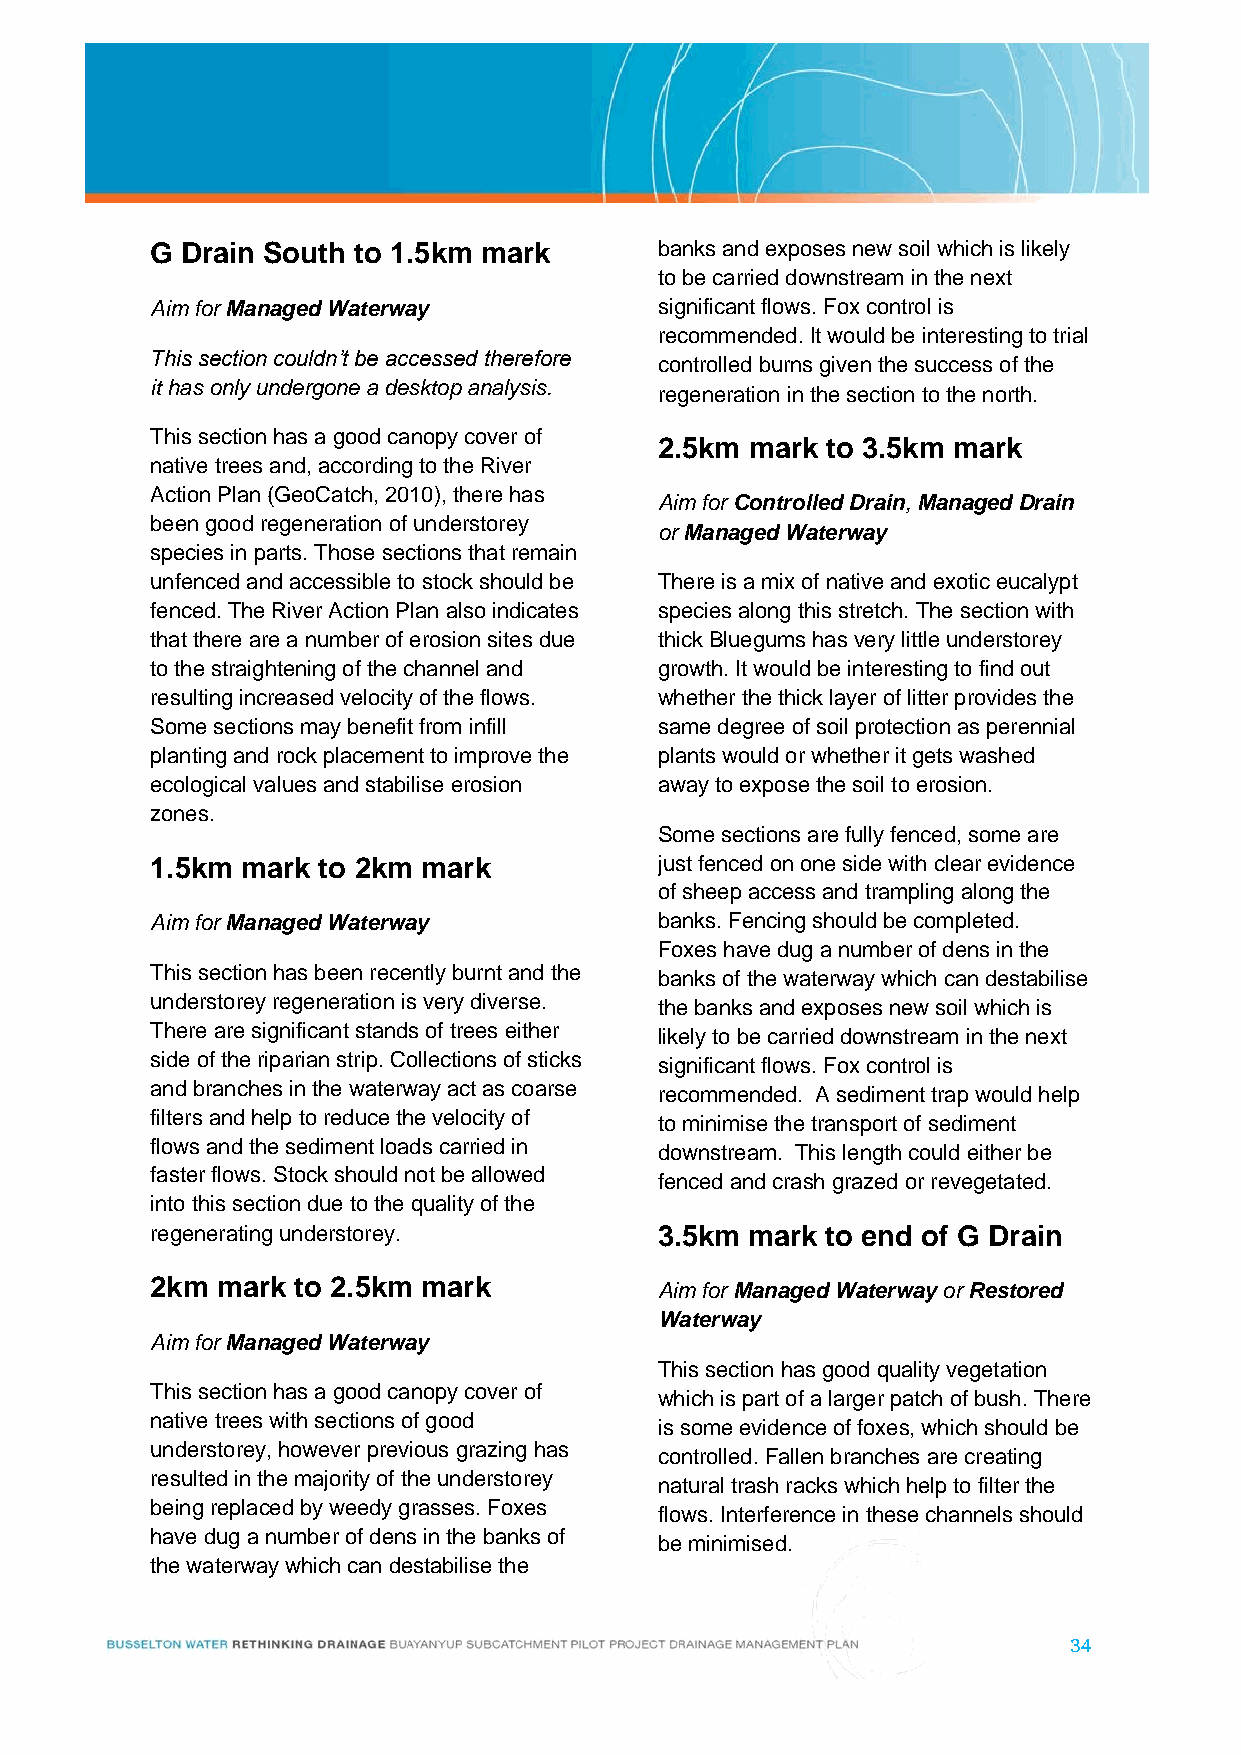
G Drain South to 1.5km mark       banks and exposes new soil which is likely
 to be carried downstream in the next
 Aim for Managed Waterway          significant flows. Fox control is
 recommended. It would be interesting to trial
 This section couldn’t be accessed therefore
 controlled burns given the success of the
 it has only undergone a desktop analysis.
 regeneration in the section to the north.
 This section has a good canopy cover of
 2.5km mark to 3.5km mark
 native trees and, according to the River
 Action Plan (GeoCatch, 2010), there has
 Aim for Controlled Drain, Managed Drain
 been good regeneration of understorey
 or Managed Waterway
 species in parts. Those sections that remain
 unfenced and accessible to stock should be There is a mix of native and exotic eucalypt
 fenced. The River Action Plan also indicates species along this stretch. The section with
 that there are a number of erosion sites due thick Bluegums has very little understorey
 to the straightening of the channel and growth. It would be interesting to find out
 resulting increased velocity of the flows. whether the thick layer of litter provides the
 Some sections may benefit from infill same degree of soil protection as perennial
 planting and rock placement to improve the plants would or whether it gets washed
 ecological values and stabilise erosion away to expose the soil to erosion.
 zones.
 Some sections are fully fenced, some are
 1.5km mark to 2km mark            just fenced on one side with clear evidence
 of sheep access and trampling along the
 Aim for Managed Waterway          banks. Fencing should be completed.
 Foxes have dug a number of dens in the
 This section has been recently burnt and the
 banks of the waterway which can destabilise
 understorey regeneration is very diverse.
 the banks and exposes new soil which is
 There are significant stands of trees either
 likely to be carried downstream in the next
 side of the riparian strip. Collections of sticks
 significant flows. Fox control is
 and branches in the waterway act as coarse
 recommended. A sediment trap would help
 filters and help to reduce the velocity of
 to minimise the transport of sediment
 flows and the sediment loads carried in
 downstream. This length could either be
 faster flows. Stock should not be allowed
 fenced and crash grazed or revegetated.
 into this section due to the quality of the
 regenerating understorey.         3.5km mark to end of G Drain
 2km mark to 2.5km mark
 Aim for Managed Waterway or Restored
 Waterway
 Aim for Managed Waterway
 This section has good quality vegetation
 This section has a good canopy cover of
 which is part of a larger patch of bush. There
 native trees with sections of good
 is some evidence of foxes, which should be
 understorey, however previous grazing has
 controlled. Fallen branches are creating
 resulted in the majority of the understorey
 natural trash racks which help to filter the
 being replaced by weedy grasses. Foxes
 flows. Interference in these channels should
 have dug a number of dens in the banks of
 be minimised.
 the waterway which can destabilise the
 34